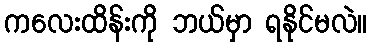
ကလေးထိန်းကို ဘယ်မှာ ရနိုင်မလဲ။